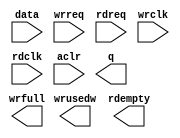
module fifo_ddr_op_ins (
		input  wire [546:0] data,    //  fifo_input.datain
		input  wire         wrreq,   //            .wrreq
		input  wire         rdreq,   //            .rdreq
		input  wire         wrclk,   //            .wrclk
		input  wire         rdclk,   //            .rdclk
		input  wire         aclr,    //            .aclr
		output wire [546:0] q,       // fifo_output.dataout
		output wire [5:0]   wrusedw, //            .wrusedw
		output wire         rdempty, //            .rdempty
		output wire         wrfull   //            .wrfull
	);
endmodule